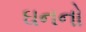
ઘનનો